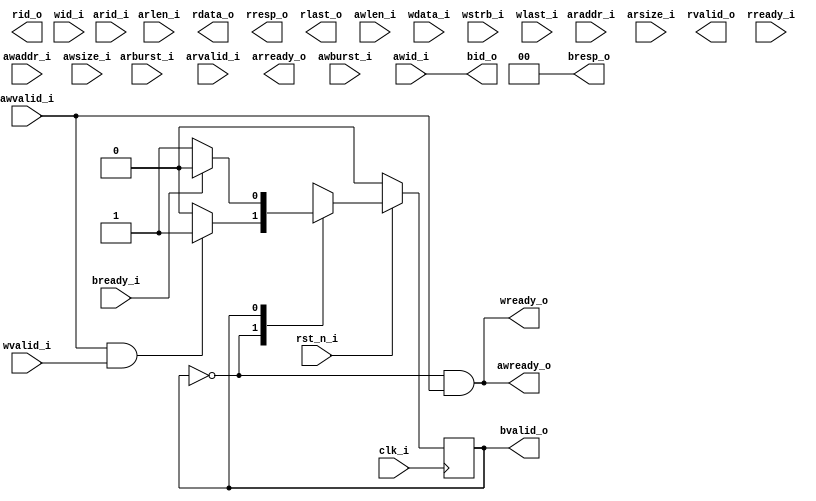
module UART(
    input          clk_i       ,
    input          rst_n_i     ,
    input  [ 3: 0] arid_i      ,
    input  [31: 0] araddr_i    ,
    input  [ 7: 0] arlen_i     ,
    input  [ 2: 0] arsize_i    ,
    input  [ 1: 0] arburst_i   ,
    input          arvalid_i   ,
    output         arready_o   ,
    
    output [ 3: 0] rid_o       ,
    output [31: 0] rdata_o     ,
    output [ 1: 0] rresp_o     ,
    output         rlast_o     ,
    output         rvalid_o    ,
    input          rready_i    ,

    input  [ 3: 0] awid_i      ,
    input  [31: 0] awaddr_i    ,
    input  [ 7: 0] awlen_i     ,
    input  [ 2: 0] awsize_i    ,
    input  [ 1: 0] awburst_i   ,
    input          awvalid_i   ,
    output         awready_o   ,

    input  [ 3: 0] wid_i       ,
    input  [31: 0] wdata_i     ,
    input  [ 3: 0] wstrb_i     ,
    input          wlast_i     ,
    input          wvalid_i    ,
    output         wready_o    ,

    output [ 3: 0] bid_o       ,
    output [ 1: 0] bresp_o     ,
    output         bvalid_o    ,
    input          bready_i    
);
    wire rst = ~ rst_n_i;
    // ===========================================================================
    // state machine (just for write)
    /*
    parameter IDLE        = 4'b0001;
    parameter WAIT_WVALID = 4'b0010;
    parameter WAIT_WLAST  = 4'b0100;
    parameter WAIT_BREADY = 4'b1000;
    */


    //reg [ 3: 0] state, next_state;




    localparam IDLE        = 1'b0;
    localparam WAIT_BREADY = 1'b1;

    reg state, nstate;

    

    always @(posedge clk_i) begin
        if(rst) begin
            state <= IDLE      ;
        end
        else
            state <= nstate    ;
    end

    /*
    always @(*) begin
        case (state)
            IDLE       : next_state = awvalid_i? WAIT_WVALID                       : IDLE       ;
            WAIT_WVALID: next_state = wvalid_i ? (wlast_i? WAIT_BREADY: WAIT_WLAST): WAIT_WVALID;
            WAIT_WLAST : next_state = wlast_i  ? WAIT_BREADY                       : WAIT_WLAST ;
            WAIT_BREADY: next_state = bready_i ? IDLE                              : WAIT_BREADY;
            default    : next_state =                                                IDLE       ; 
        endcase
    end
    */
    always @(*) begin
        case(state)
            IDLE       : nstate = awvalid_i & wvalid_i? WAIT_BREADY: state;
            WAIT_BREADY: nstate = bready_i            ? IDLE       : state;
        endcase
    end

    assign awready_o =  (state == IDLE) & awvalid_i ;
    //assign wready_o  =  ((state == WAIT_WVALID) | (state == WAIT_WLAST)) & wvalid_i ;
    assign wready_o  =  (state == IDLE) & awvalid_i ;
    assign bid_o     = awid_i                                                       ;
    assign bresp_o   = 2'b00                                                        ;
    assign bvalid_o  = (state == WAIT_BREADY)                                       ;

    always @(posedge clk_i) begin
        if(nstate == WAIT_BREADY) begin
            $write("%c", wdata_i[ 7: 0]);
        end
    end


endmodule